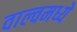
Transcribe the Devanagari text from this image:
वाल्वमध्ये